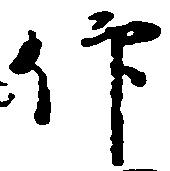
仰